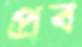
প্রব